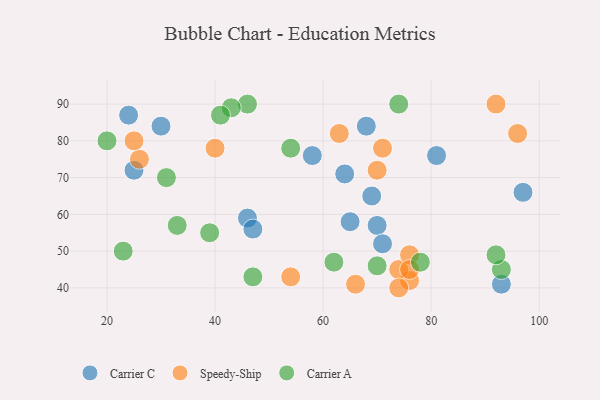
{"axis": {"x": "GDP", "y": "Life Expectancy"}, "legend": ["Carrier A", "Carrier C", "Speedy-Ship"], "data": [{"x": "46", "y": 59, "type": "Carrier C"}, {"x": "69", "y": 65, "type": "Carrier C"}, {"x": "30", "y": 84, "type": "Carrier C"}, {"x": "70", "y": 57, "type": "Carrier C"}, {"x": "25", "y": 72, "type": "Carrier C"}, {"x": "93", "y": 41, "type": "Carrier C"}, {"x": "24", "y": 87, "type": "Carrier C"}, {"x": "47", "y": 56, "type": "Carrier C"}, {"x": "65", "y": 58, "type": "Carrier C"}, {"x": "68", "y": 84, "type": "Carrier C"}, {"x": "71", "y": 52, "type": "Carrier C"}, {"x": "58", "y": 76, "type": "Carrier C"}, {"x": "97", "y": 66, "type": "Carrier C"}, {"x": "64", "y": 71, "type": "Carrier C"}, {"x": "81", "y": 76, "type": "Carrier C"}, {"x": "26", "y": 75, "type": "Speedy-Ship"}, {"x": "54", "y": 43, "type": "Speedy-Ship"}, {"x": "40", "y": 78, "type": "Speedy-Ship"}, {"x": "76", "y": 42, "type": "Speedy-Ship"}, {"x": "74", "y": 45, "type": "Speedy-Ship"}, {"x": "76", "y": 49, "type": "Speedy-Ship"}, {"x": "92", "y": 90, "type": "Speedy-Ship"}, {"x": "74", "y": 40, "type": "Speedy-Ship"}, {"x": "25", "y": 80, "type": "Speedy-Ship"}, {"x": "63", "y": 82, "type": "Speedy-Ship"}, {"x": "71", "y": 78, "type": "Speedy-Ship"}, {"x": "96", "y": 82, "type": "Speedy-Ship"}, {"x": "70", "y": 72, "type": "Speedy-Ship"}, {"x": "76", "y": 45, "type": "Speedy-Ship"}, {"x": "66", "y": 41, "type": "Speedy-Ship"}, {"x": "74", "y": 90, "type": "Carrier A"}, {"x": "39", "y": 55, "type": "Carrier A"}, {"x": "46", "y": 90, "type": "Carrier A"}, {"x": "47", "y": 43, "type": "Carrier A"}, {"x": "23", "y": 50, "type": "Carrier A"}, {"x": "62", "y": 47, "type": "Carrier A"}, {"x": "54", "y": 78, "type": "Carrier A"}, {"x": "70", "y": 46, "type": "Carrier A"}, {"x": "93", "y": 45, "type": "Carrier A"}, {"x": "31", "y": 70, "type": "Carrier A"}, {"x": "92", "y": 49, "type": "Carrier A"}, {"x": "20", "y": 80, "type": "Carrier A"}, {"x": "43", "y": 89, "type": "Carrier A"}, {"x": "78", "y": 47, "type": "Carrier A"}, {"x": "33", "y": 57, "type": "Carrier A"}, {"x": "41", "y": 87, "type": "Carrier A"}]}